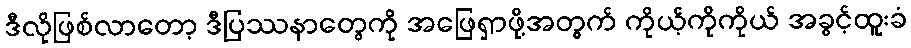
ဒီလိုဖြစ်လာတော့ ဒီပြဿနာတွေကို အဖြေရှာဖို့အတွက် ကိုယ့်ကိုကိုယ် အခွင့်ထူးခံ